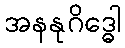
အနနုဂိဒ္ဓေါ